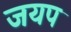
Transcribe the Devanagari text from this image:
जयप